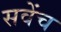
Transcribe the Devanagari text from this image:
सवेंच